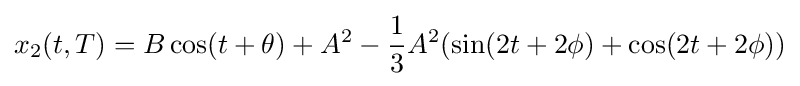
x_{2}(t,T)=B\cos(t+\theta )+A^{2}-{\frac {1}{3}}A^{2}(\sin(2t+2\phi )+\cos(2t+2\phi ))